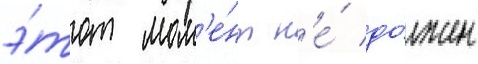
э́тот мом'е́нт н'е́ до́лжен